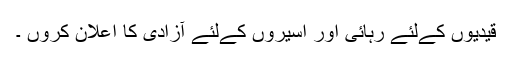
قیدیوں کےلئے رہائی اور اسیروں کےلئے آزادی کا اعلان کروں ۔